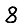
Digit: 8